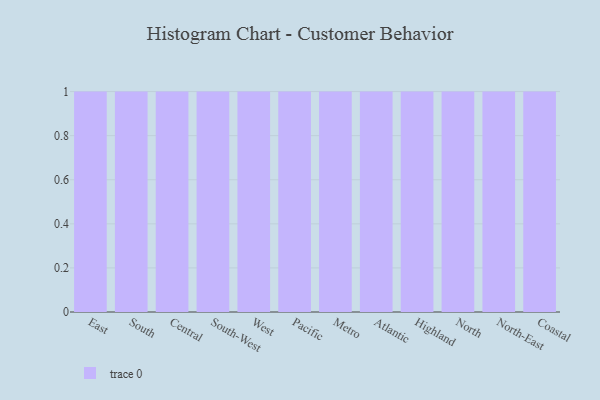
{"axis": {"x": "Region", "y": "Shipments"}, "legend": [""], "data": [{"x": "East", "y": 28, "type": ""}, {"x": "South", "y": 90, "type": ""}, {"x": "Central", "y": 5, "type": ""}, {"x": "South-West", "y": 60, "type": ""}, {"x": "West", "y": 72, "type": ""}, {"x": "Pacific", "y": 76, "type": ""}, {"x": "Metro", "y": 58, "type": ""}, {"x": "Atlantic", "y": 96, "type": ""}, {"x": "Highland", "y": 16, "type": ""}, {"x": "North", "y": 53, "type": ""}, {"x": "North-East", "y": 8, "type": ""}, {"x": "Coastal", "y": 47, "type": ""}]}